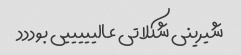
شیرینی شکلاتی عالیییییی بوددد